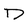
Character: D